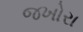
જખોરા